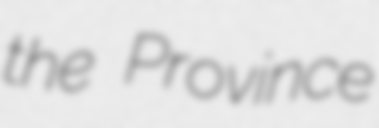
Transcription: the Province